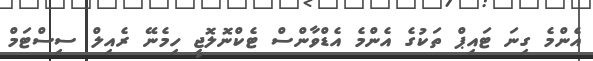
އެންމެ ގިނަ ޓައިޕް ތަކުގެ އެންމެ އެޑްވާންސް ޓެކްނޮލޮޖީ ހިމެނޭ ރެއިލް ސިސްޓަމް